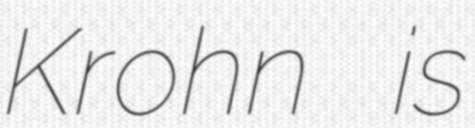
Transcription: Krohn is